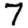
Digit: 7